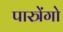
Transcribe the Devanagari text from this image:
पास्त्रेंगो